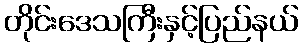
တိုင်းဒေသကြီးနှင့်ပြည်နယ်